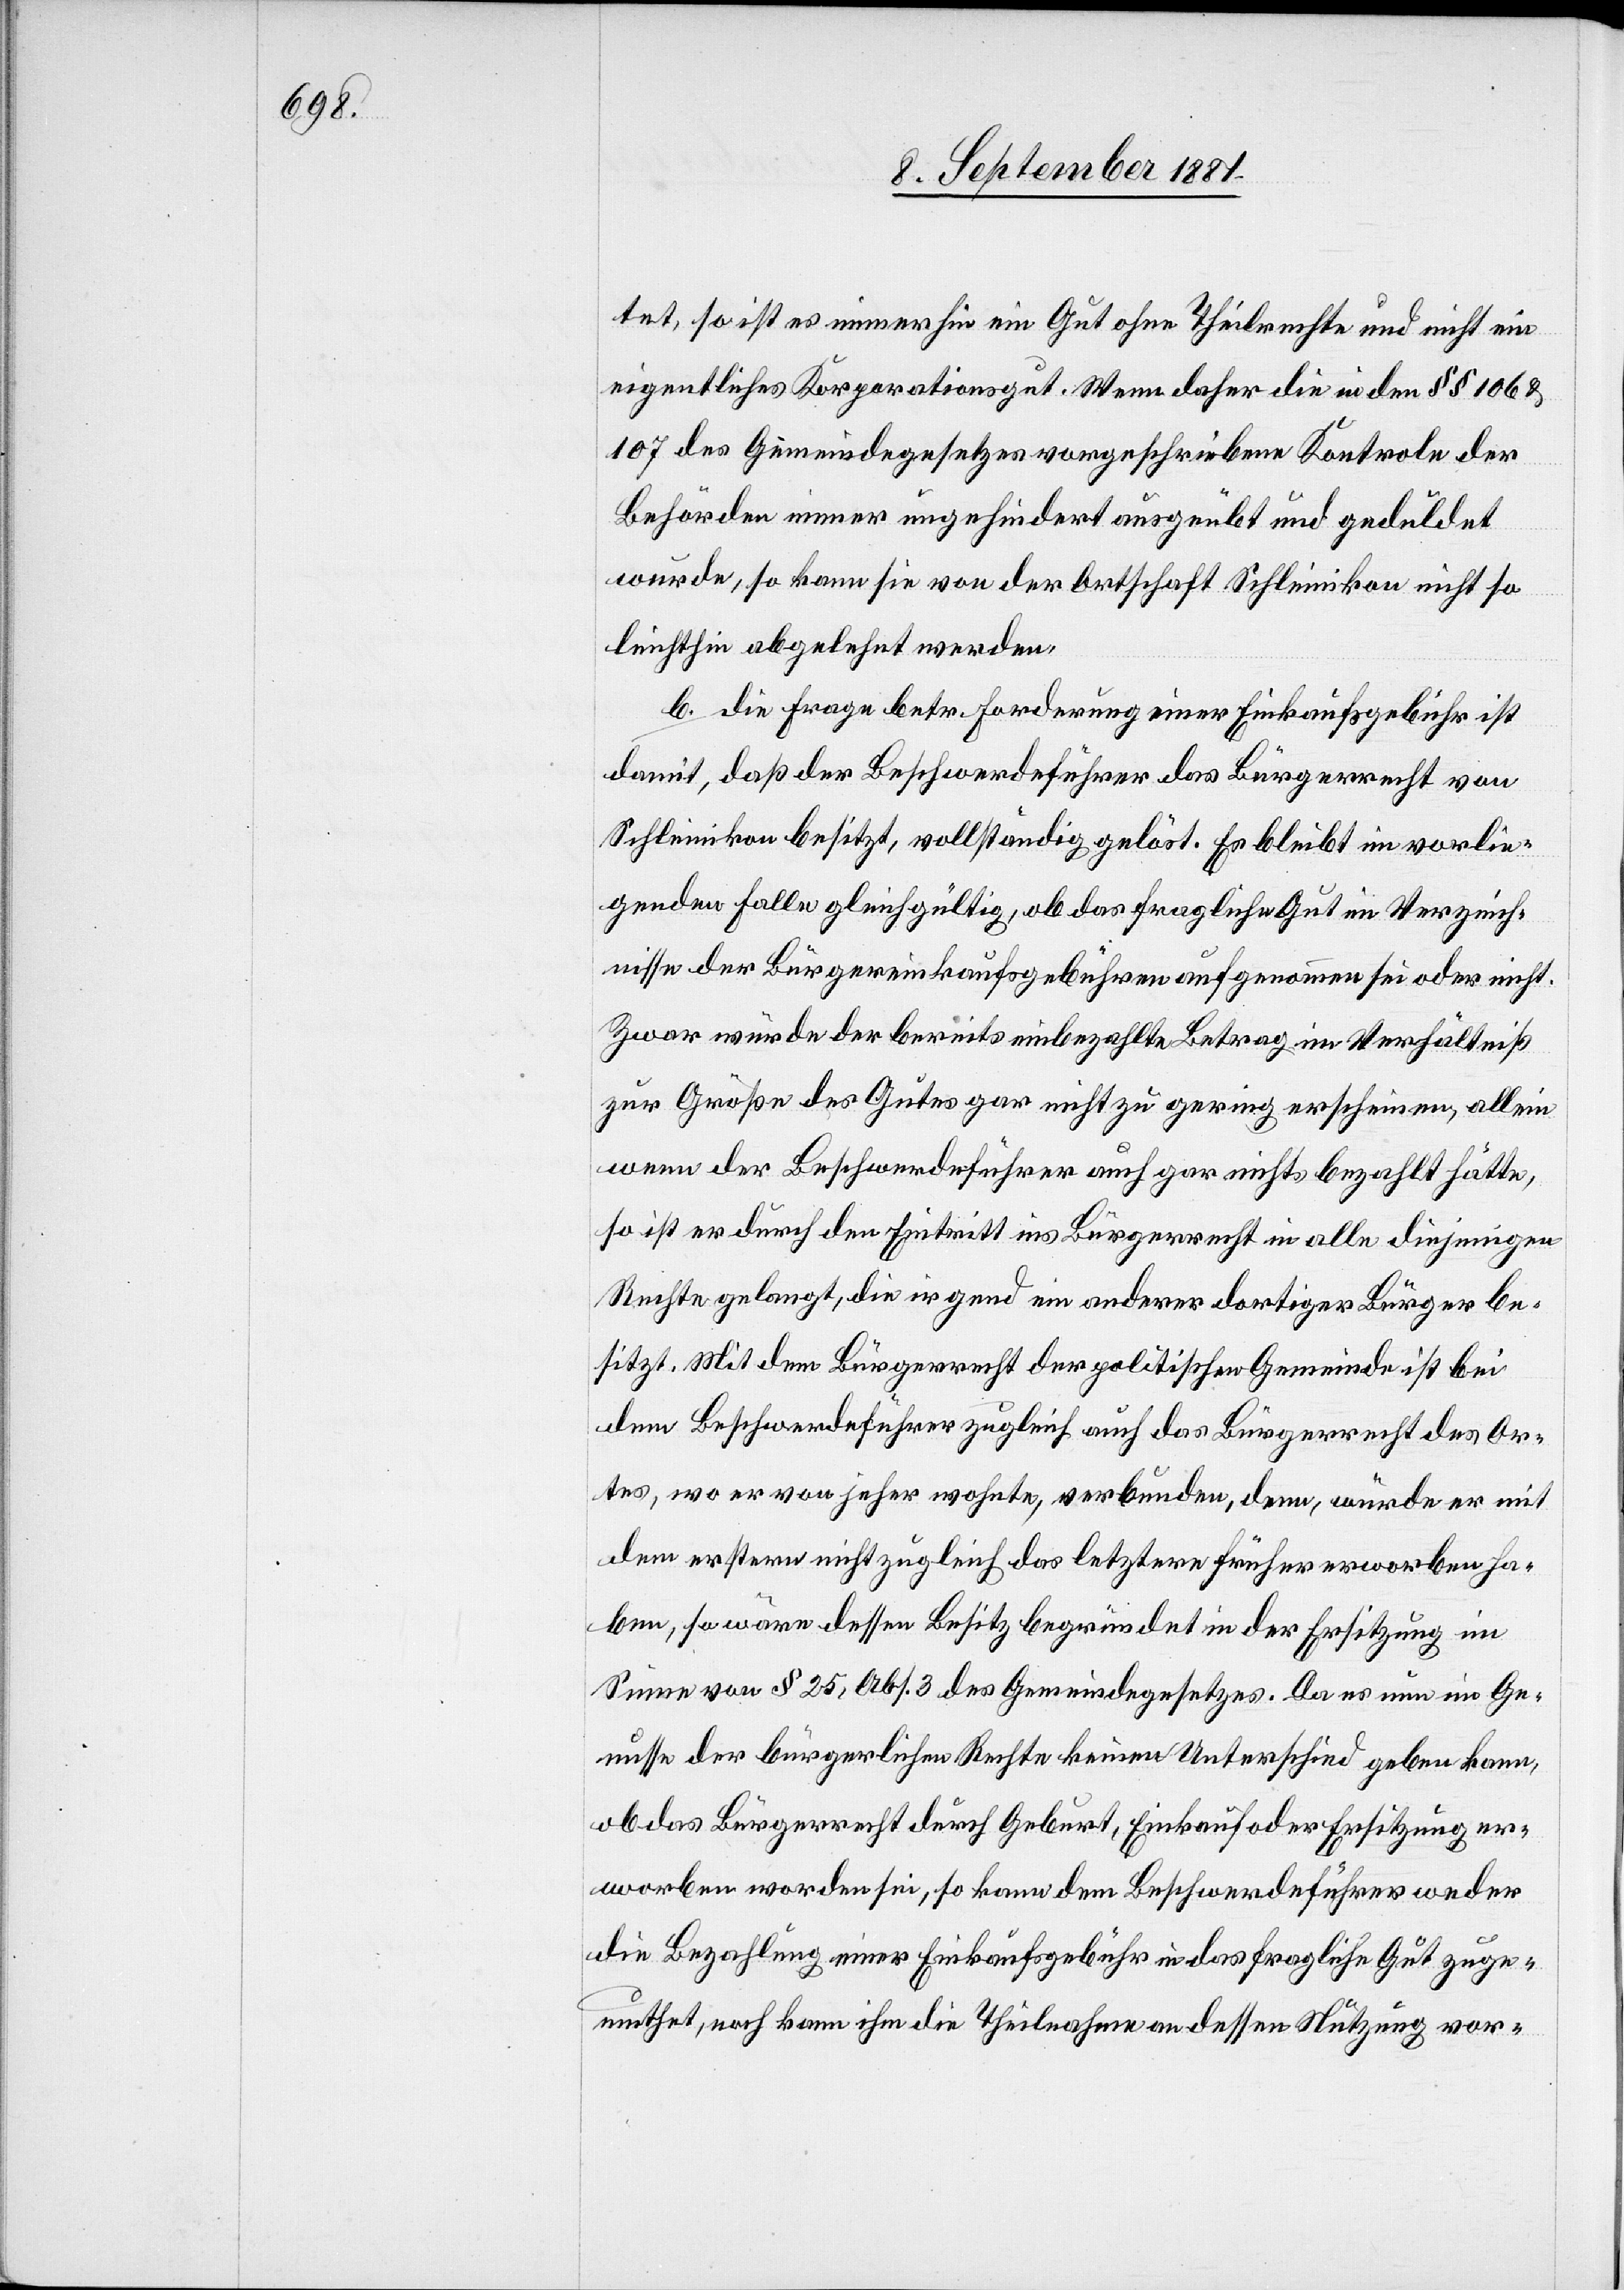
tet, so ist es immerhin ein Gut ohne Theilrechte und nicht ein
eigentliches Koporationsgut. Wenn daher die in den §§ 106 &
107 des Gemeindegesetzes vorgeschriebene Kontrole der
Behörden immer ungehindert ausgeübt und geduldet
wurde, so kann sie von der Ortschaft Schleinikon nicht so
leichthin abgelehnt werden.
b. die Frage betr. Forderung einer Einkaufsgebühr ist
damit, daß der Beschwerdeführer das Bürgerrecht von
Schleinikon besitzt, vollständig geklärt. Es bleibt im vorlie¬
genden Falle gleichgültig, ob das fragliche Gut im Verzeich¬
nisse der Bürgereinkaufsgebühren aufgenommen sei oder nicht.
Zwar würde der bereits einbezahlte Betrag im Verhältniß
zur Größe des Gutes gar nicht zu gering erscheinen, allein
wenn der Beschwerdeführer auch gar nichts bezahlt hätte,
so ist er durch den Eintritt ins Bürgerrecht in alle diejenigen
Rechte gelangt, die irgend ein anderer dortiger Bürger be¬
sitzt. Mit dem Bürgerrecht der politischen Gemeinde ist bei
dem Beschwerdeführer zugleich auch das Bürgerrecht des Or¬
tes, wo er von jeher wohnte, verbunden, denn, würde er mit
dem erstern nicht zugleich das letztere früher erworben ha¬
ben, so wäre dessen Besitz begründet in der Ersitzung im
Sinne von § 25, Abs. 3 des Gemeindegesetzes. Da es nun im Ge¬
nusse der bürgerlichen Rechte keinen Unterschied geben kann,
ob das Bürgerrecht durch Geburt, Einkauf oder Ersitzung er¬
worben worden sei, so kann dem Beschwerdeführer weder
die Bezahlung einer Einkaufsgebühr in das fragliche Gut zuge¬
muthet, noch kann ihm die Theilnahme an dessen Nutzung vor-